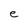
Character: e